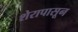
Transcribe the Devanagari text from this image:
शेरापासून